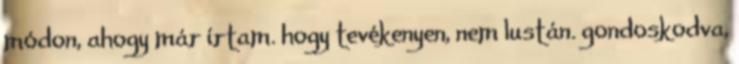
módon, ahogy már írtam. hogy tevékenyen, nem lustán. gondoskodva,